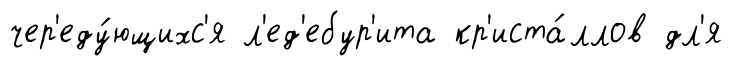
чер'еду́ющихс'я л'ед'ебур'ита кр'иста́ллов дл'я